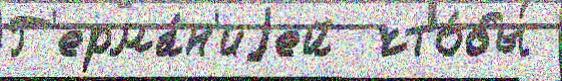
Г'ерма́н'иjей  что́бы